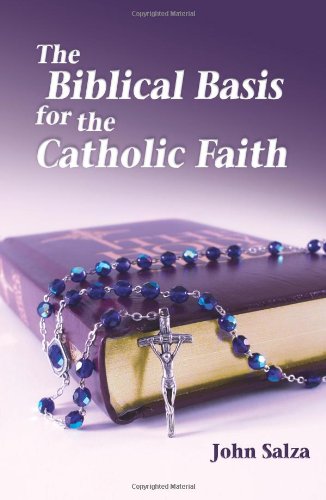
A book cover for The Biblical Basis for the Catholic Faith; John Salza; Christian Books & Bibles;